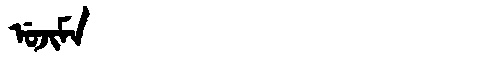
Manchu: ᡠᠵᡳᠮᠠ
Romanization: UJIMA